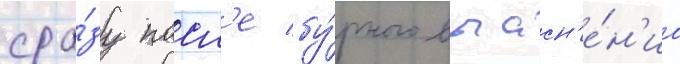
сра́зу посл'е бу́рного выасн'е́н'иа